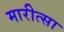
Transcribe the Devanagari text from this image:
मारीत्सा